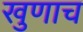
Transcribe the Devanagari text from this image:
खुणाच